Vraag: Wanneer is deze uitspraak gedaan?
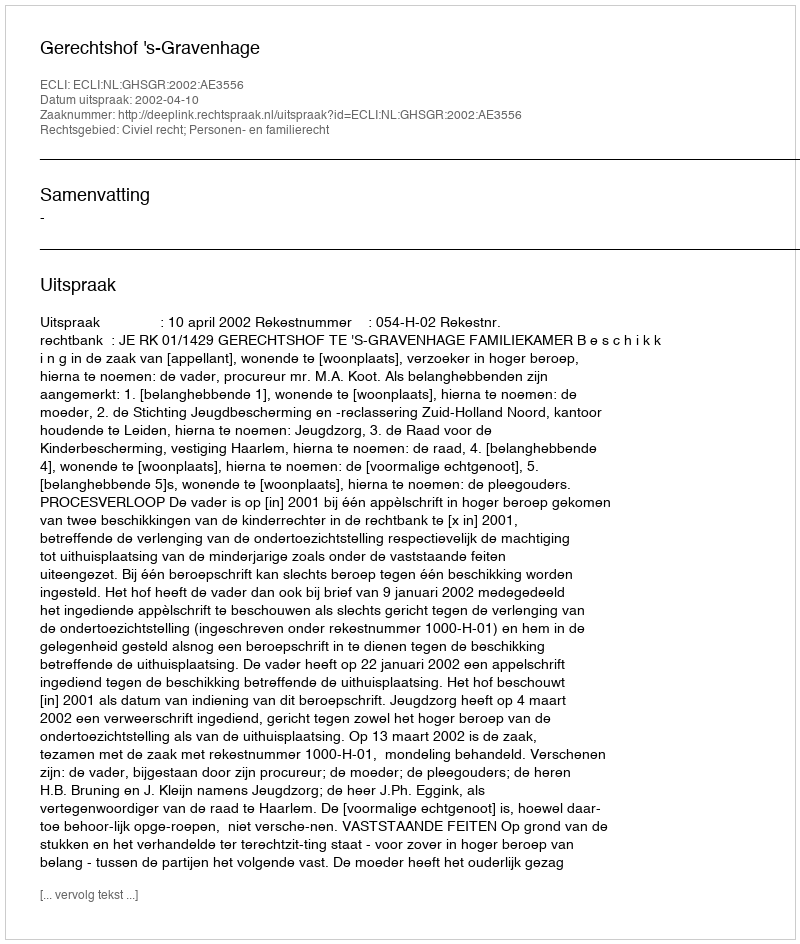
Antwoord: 2002-04-10